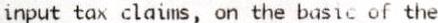
INPUT TAX CLAIMS, ON THE BASIC OF THE